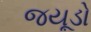
જયૂડો